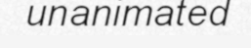
unanimated